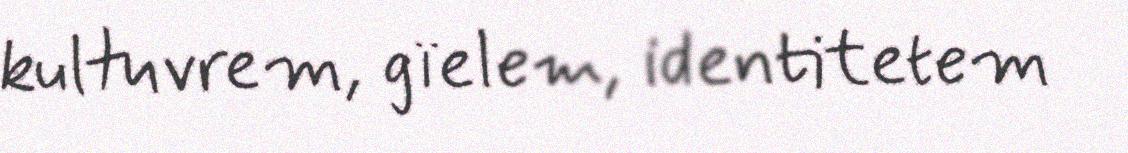
kultuvrem, gïelem, identitetem